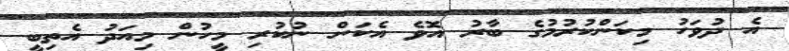
އެ ދުވަހު މިކަންކުރުމުގެ ބާރު އޮވެ އެކަން ނުކުރި މީހުން މިއަދު އެތިބީ